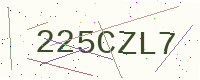
Text: 225CZL7